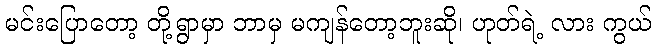
မင်းပြောတော့ တို့ရွာမှာ ဘာမှ မကျန်တော့ဘူးဆို၊ ဟုတ်ရဲ့ လား ကွယ်